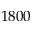
1 8 0 0